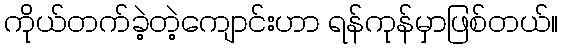
ကိုယ်တက်ခဲ့တဲ့ကျောင်းဟာ ရန်ကုန်မှာဖြစ်တယ်။